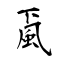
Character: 颪